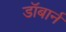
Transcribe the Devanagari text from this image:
डॉबार्न